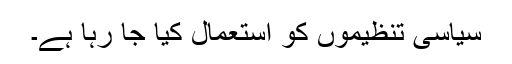
سیاسی تنظیموں کو استعمال کِیا جا رہا ہے۔